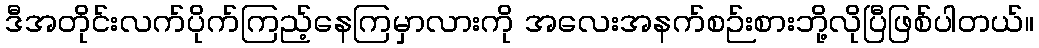
ဒီအတိုင်းလက်ပိုက်ကြည့်နေကြမှာလားကို အလေးအနက်စဉ်းစားဘို့လိုပြီဖြစ်ပါတယ်။